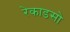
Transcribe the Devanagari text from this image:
रेकाडसो